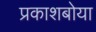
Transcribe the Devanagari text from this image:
प्रकाशबोया